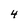
Character: 4